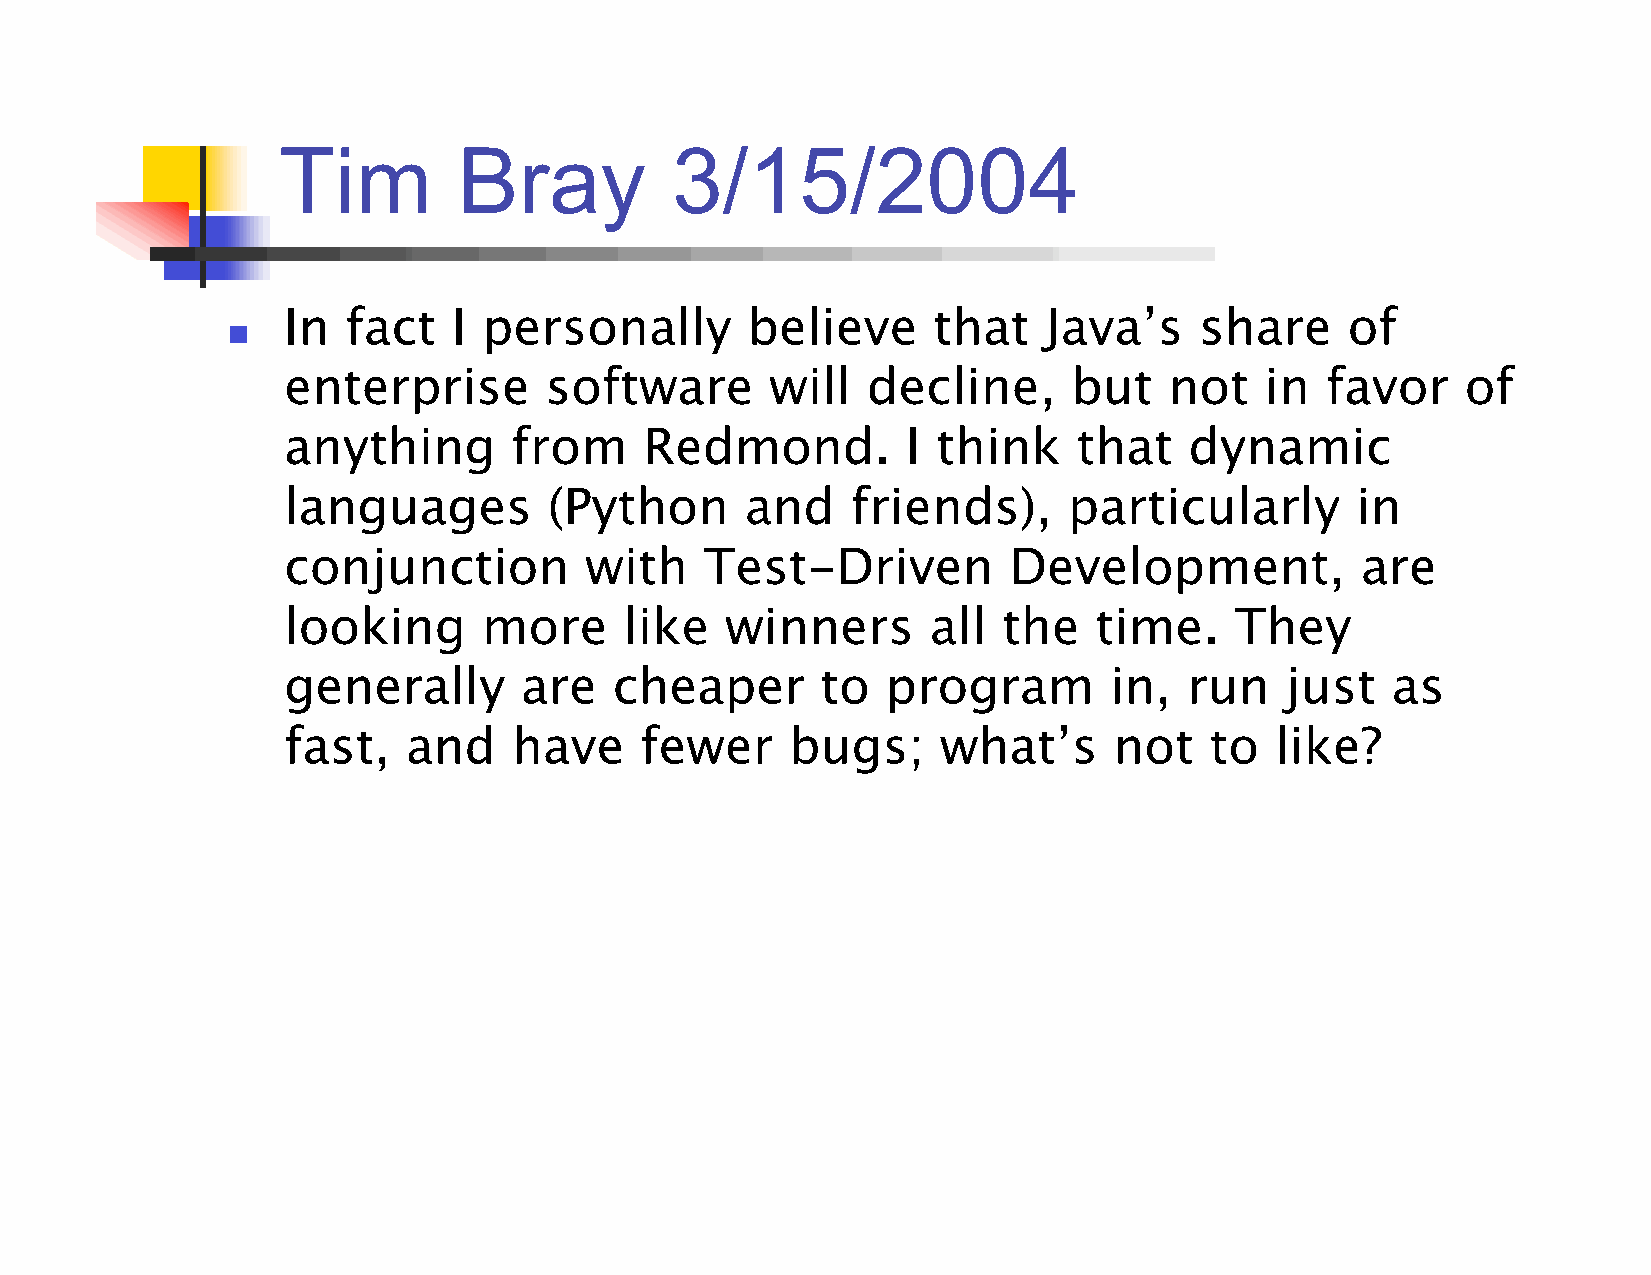
Tim         Bray          3/15/2004
 In  fact   I personally       believe      that   Java’s    share     of
 
 enterprise       software       will  decline,      but   not    in  favor    of
 anything       from     Redmond.         I think    that    dynamic
 languages        (Python      and    friends),      particularly       in
 conjunction         with    Test-Driven         Development,           are
 looking      more     like   winners       all the   time.     They
 generally      are    cheaper      to   program       in,   run   just   as
 fast,   and    have    fewer     bugs;     what’s      not   to  like?